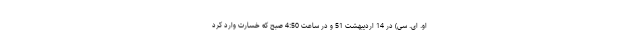
او. اِی. سی) در 14 اردیبهشت 51 و در ساعت 4:50 صبح که خسارت وارد کرد